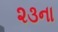
૨૩ના